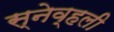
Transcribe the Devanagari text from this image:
स्नेव्हली